[Report on the health of British troops in the Madras command]
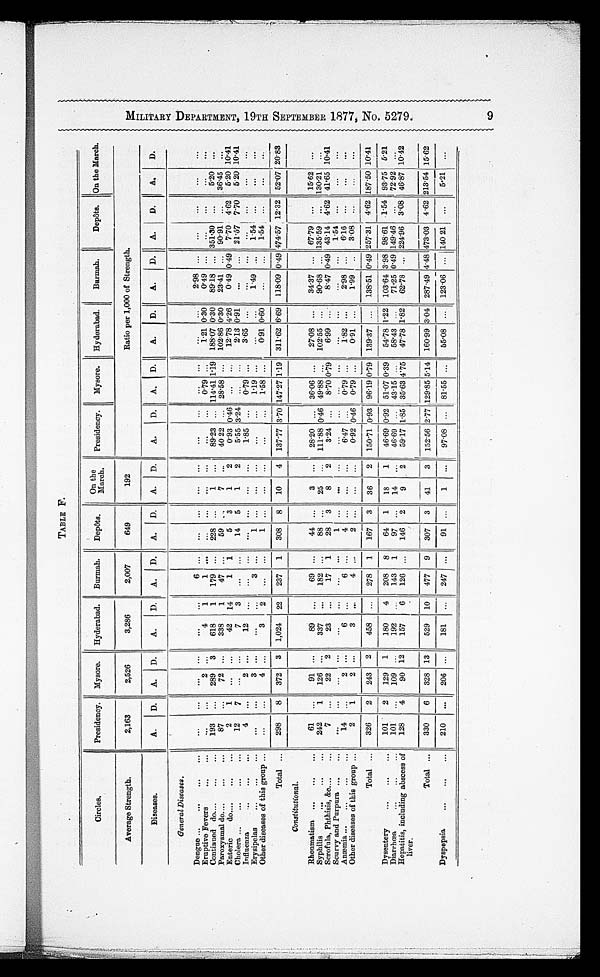
TABLE F.
Circles.
Presidency.
Mysore.
Hyderabad,
Burmah.
Depôts.
On the March.
Presidency.
Mysore.
Hyderabad.
Burmah.
Depôts. On the March.
Average Strength.
2,163
2,526
3,286
2,007
649
192
Ratio per 1,000 of Strength.
Diseases.
A.
D
A.
D.
A.
D.
A.
D.
A. D.
A.
D.
A.
D.
A. D.
A.
D. A.
D.
A.
D.
A.
D.
General Diseases.
Dengue ... .... .... ....
. . .
. . .
. . .
. . .
. . .
. . .
6
. . .
. . .
. . .
. . .
. . .
. . .
. . .
. . .
. . .
. . .
. . .
2 . 9 8
. . .
. . .
. . .
. . .
. . .
Eruptive Fevers
...
...
. . .
. . .
2
. . .
4
1
1
. . .
. . .
. . .
. . .
. . .
. . . 0 .79
. . .
1.21 0.30
0.49
. . .
. . .
...
. . .
. . .
Continued do....
...
...
1 9 3
. . . 289
3
618
1
179
. . .
2 2 8 . . .
1
. . .
8 9 . 2 3 . . . 114.41 1.19 188.07 0.30
89.18 ... 351.30
. . .
5 . 2 0
. . .
Paroxysmal do....
...
...
8 7
. . .
72
. . .
338
1
47
. . .
59
. . .
7
. . .
40.22
. . .
28.58
. . . 102.86 0.30
23.41 ... 90.91
. . . 36.45
. . .
Enteric
do....
...
...
2
1
. . .
. . .
42
14
1
1
5
3
1
2
0.93 0.46
. . .
. . .
12.78 4.26
0.49 0.49 7.70
4 . 6 2 5.20 10.41
Cholera ...
...
...
...
12
7
. . .
. . .
7
3
...
. . .
14
5
1
2
5.55 3.24
. . . ...
2.13 0.91
...
... 21.57
7 . 7 0 5.20 10.41
Influenza
...
...
...
4
...
2 ...
12
. . .
. . . ...
. . .
. . .
. . .
. . .
1.85 ...
0.79
. . .
3.65
. . .
. . .
. . .
. . .
. . .
. . .
. . .
Erysipelas ... ... ...
...
...
3
. . .
. . . . . .
3 ...
1 ...
...
...
...
...
1.19 ...
...
...
1 . 4 9 . . .
1 . 5 4 ...
. . .
...
Other diseases of this group ...
...
...
4 ...
3
2
. . .
. . .
1
. . .
. . .
. . .
. . .
. . .
1 . 5 8
...
0.91 0.60
...
...
1.54 ...
...
...
Total
. . .
298
8
372
3
1,024
22
237
1
308
8
10
4
137.77 3.70 147.27 1.19 311.62 6.69 118.09 0.49 474.57 12.32 52.07 20.83
Constitutiona l.
Rheumatism ...
...
...
61
. . .
91 ...
89
. . .
69
. . .
44
. . .
3
. . .
28.20
. . . 36.06
. . .
27.08
. . .
34.37 ... 67.79 ...
15.62
. . .
Syphilis
...
...
...
242
1 126
. . .
337
. . . 182
. . .
88
. . .
25
. . .
1 1 1 . 8 8 0.46 49.88
. . .
102.55 ...
90.68
. . . 135.59 ... 130.21
. . .
Scrofula, Phthisis, &c....
...
7
. . .
22
2
23
...
17
1
28 3
8
2
3.24 ...
8.70 0.79
6.99
. . . 8.47 0.49 43.14 4.62 41.65 10.41
Scurvy and Purpura ... ...
. . .
. . .
. . .
. . .
. . .
. . .
. . .
. . .
1
. . .
...
. . .
. . .
. . .
. . . . . .
. . .
. . .
. . .
. . . 1.54 ...
. . .
. . .
Anæmia ...
...
...
...
1 4 . . .
2 ...
6
. . .
6
. . .
4
. . .
. . .
. . .
6 . 4 7
. . .
0 . 7 9
. . .
1 . 8 2
. . .
2 . 9 8
. . . 6.16
. . .
...
...
Other diseases of this group ...
2
1
2 ...
3
. . .
4
. . .
2
. . .
. . .
. . . 0.92 0.46 0.79
. . .
0.91
. . .
1.99
. . . 3.08
. . .
...
. . .
Total
. . .
326
2
243
2
458
. . . 278
1
167
3
36
2
150.71 0.93 96.19
0 . 7 9 139.37 ...
138.51 0.49 257.31 4.62 187.50 10.41
Dysentery
...
...
...
101
2
129
1
180
4
208
8
64
1
18
1
46.69 0.92 51.07 0.39
54.78 1.22 103.64 3.98 98.61 1.54
9 3 . 7 5 5.21
Diarrhœa...
... ...
101
...
109
...
192
...
143
1
97
...
14
...
46.69
...
43.15 ...
58.43 ...
71.25 0.49 149.46
...
72.92
...
Hepatitis, including abscess
of liver.
128
4
9 0 12
157
6 126
...
146
2
9
2
59.17 1.85 35.63 4.75
47.78 1.82
62.78 ... 224.96 3.08 46.87 10.42
Total
...
330
6
328 13
529
10
477
9
307
3
41
3
152.56 2.77 129.85 5.14 160.99 3.04 287.49 4.48 473.03 4.62 213.54 15.62
Dyspepsia
...
...
...
210
...
206 ...
181
...
247 ...
91 ...
1
...
97.08 ... 81.55 ...
55.08 ...
123.06 ... 140.21 ...
5.21
...
M I L I T A R Y D E P A R T M E N T , 1 9 T H S E P T E M B E R 1 8 7 7 , N O . 5 2 7 9 . 9